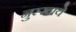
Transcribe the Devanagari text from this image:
नुस्खाये